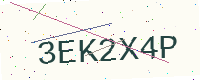
Text: 3EK2X4P